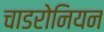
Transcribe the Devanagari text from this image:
चाडरोनियन